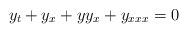
LaTeX: \begin{align*}y_{t}+y_{x}+yy_{x}+y_{xxx}=0\end{align*}